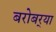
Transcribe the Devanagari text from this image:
बरोबर्‍या